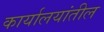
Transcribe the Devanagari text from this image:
कार्यालयांतील